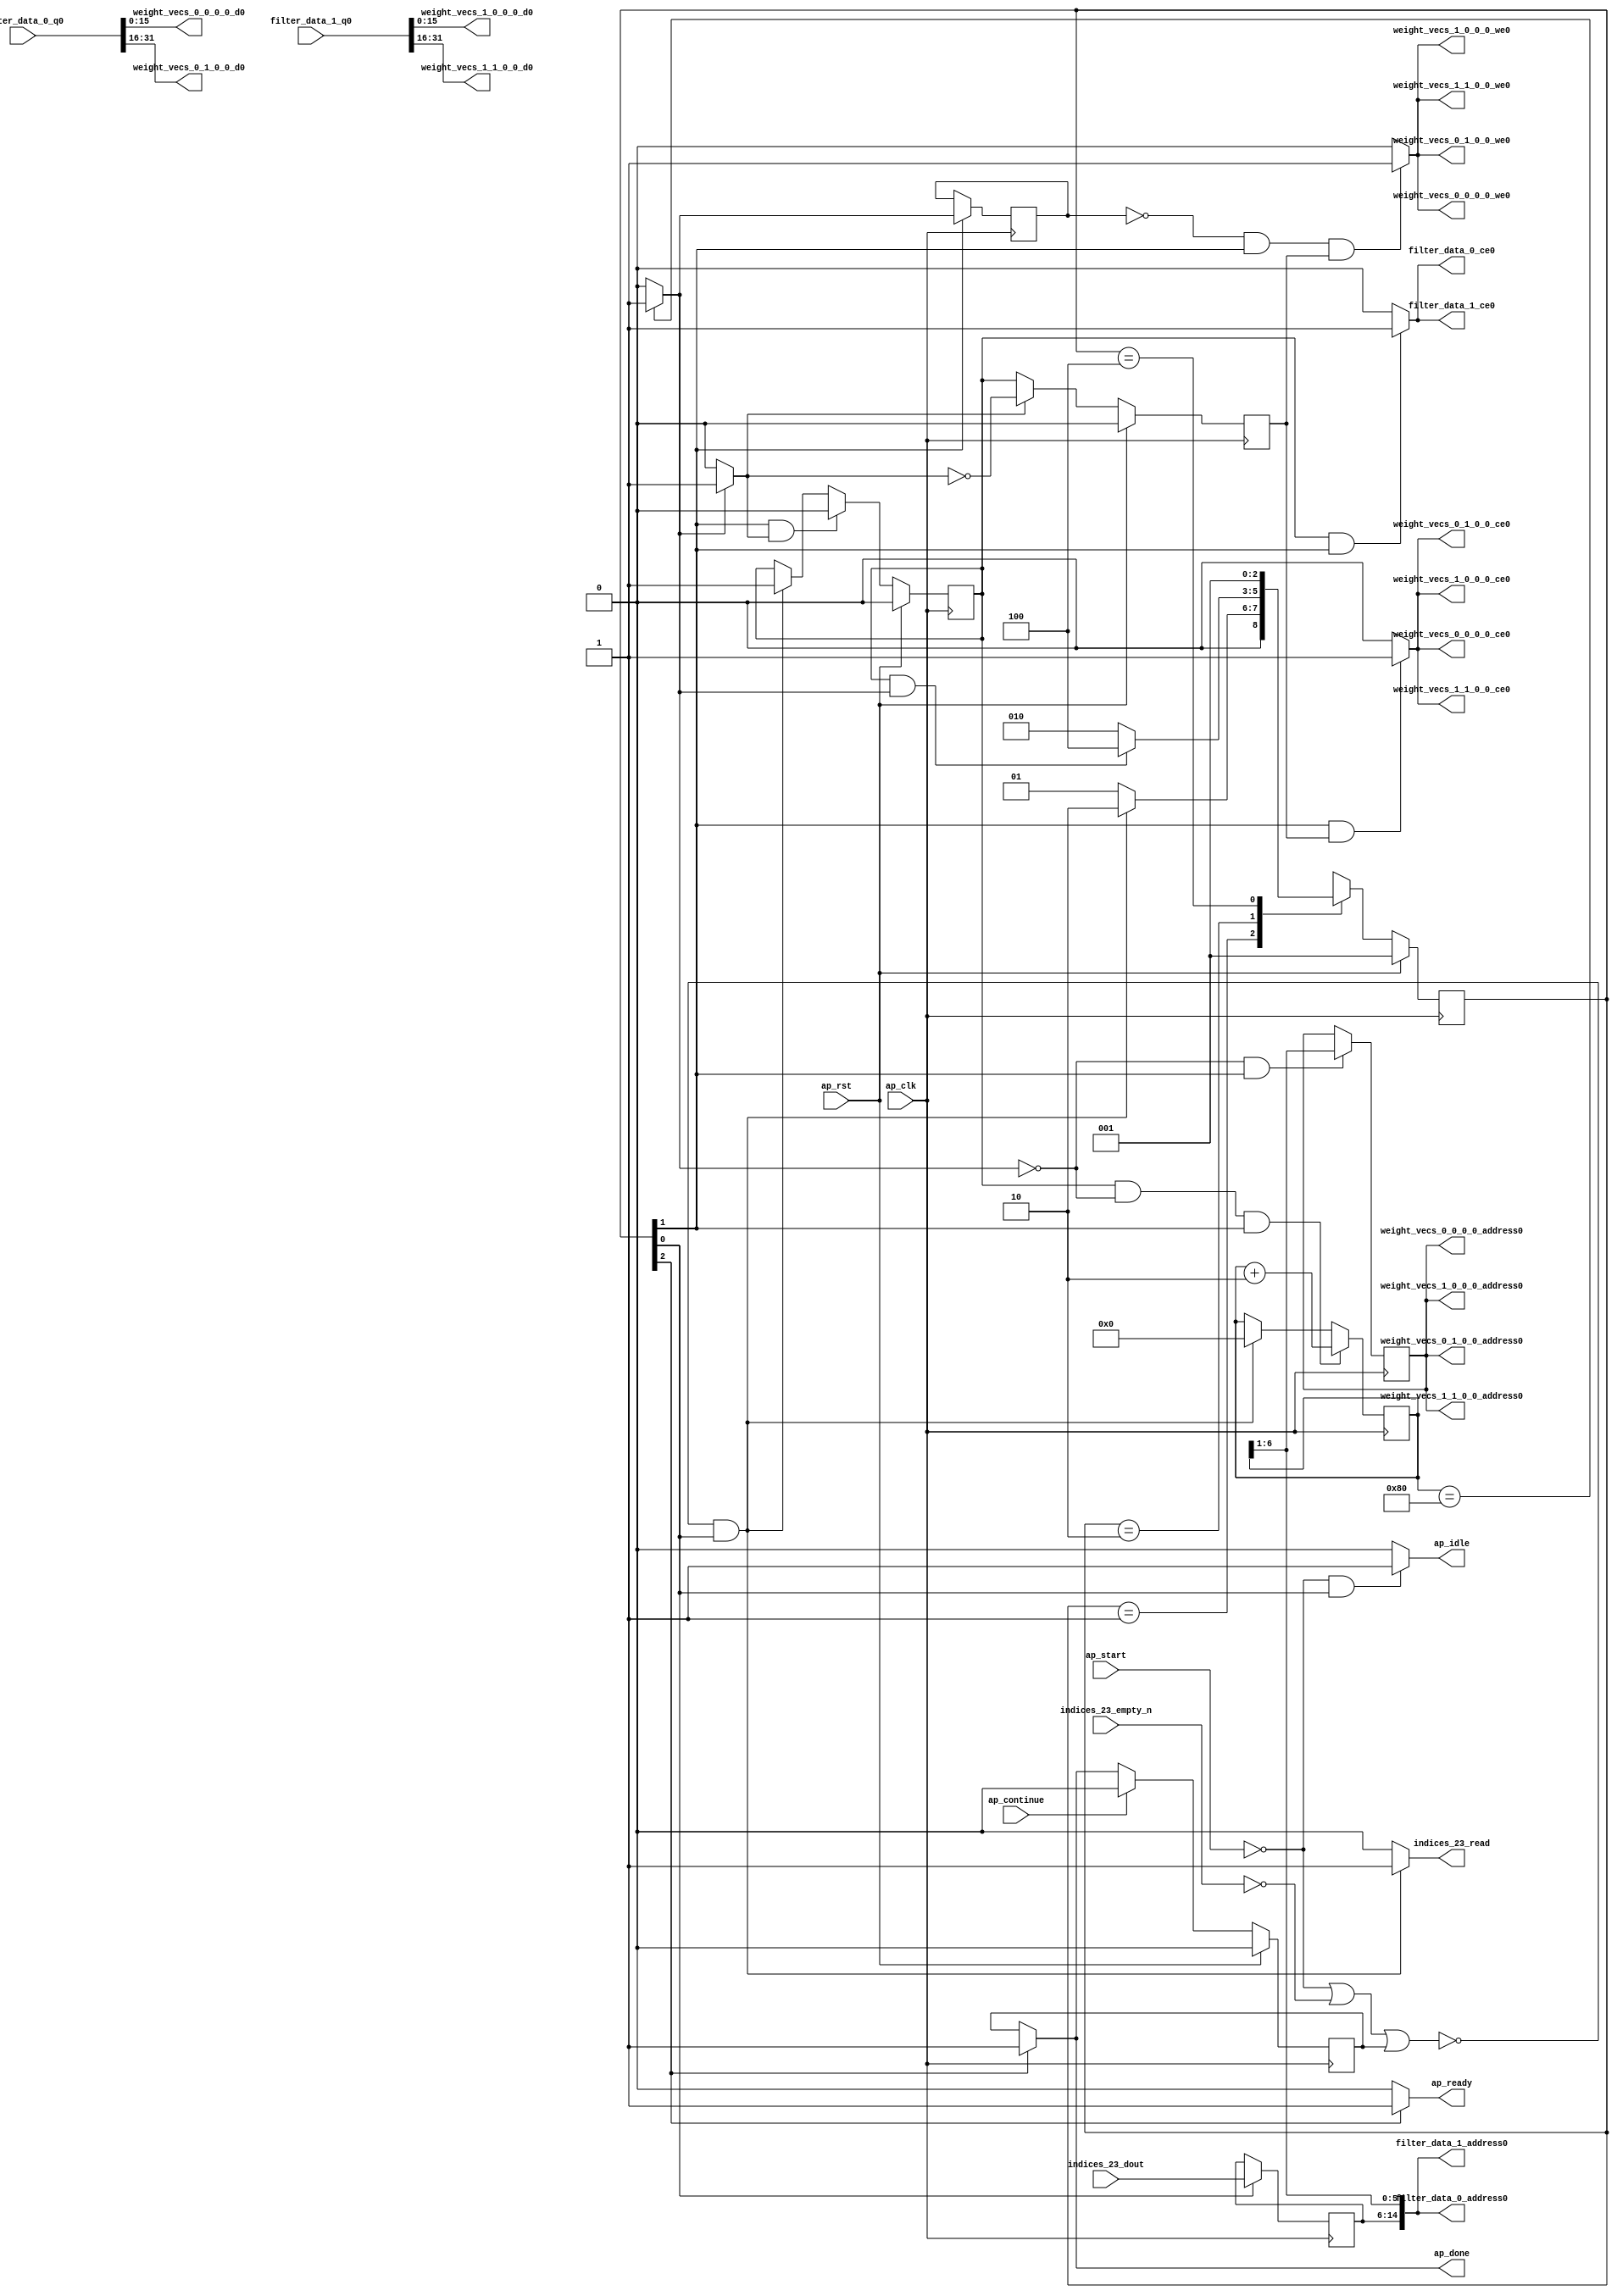
`define EXPONENT 5
`define MANTISSA 10
`define ACTUAL_MANTISSA 11
`define EXPONENT_LSB 10
`define EXPONENT_MSB 14
`define MANTISSA_LSB 0
`define MANTISSA_MSB 9
`define MANTISSA_MUL_SPLIT_LSB 3
`define MANTISSA_MUL_SPLIT_MSB 9
`define SIGN 1
`define SIGN_LOC 15
`define DWIDTH (`SIGN+`EXPONENT+`MANTISSA)
`define IEEE_COMPLIANCE 1

module td_fused_top_tdf12_readFilters82 (
        ap_clk,
        ap_rst,
        ap_start,
        ap_done,
        ap_continue,
        ap_idle,
        ap_ready,
        filter_data_0_address0,
        filter_data_0_ce0,
        filter_data_0_q0,
        filter_data_1_address0,
        filter_data_1_ce0,
        filter_data_1_q0,
        indices_23_dout,
        indices_23_empty_n,
        indices_23_read,
        weight_vecs_0_0_0_0_address0,
        weight_vecs_0_0_0_0_ce0,
        weight_vecs_0_0_0_0_we0,
        weight_vecs_0_0_0_0_d0,
        weight_vecs_0_1_0_0_address0,
        weight_vecs_0_1_0_0_ce0,
        weight_vecs_0_1_0_0_we0,
        weight_vecs_0_1_0_0_d0,
        weight_vecs_1_0_0_0_address0,
        weight_vecs_1_0_0_0_ce0,
        weight_vecs_1_0_0_0_we0,
        weight_vecs_1_0_0_0_d0,
        weight_vecs_1_1_0_0_address0,
        weight_vecs_1_1_0_0_ce0,
        weight_vecs_1_1_0_0_we0,
        weight_vecs_1_1_0_0_d0
);

parameter    ap_ST_fsm_state1 = 3'd1;
parameter    ap_ST_fsm_pp0_stage0 = 3'd2;
parameter    ap_ST_fsm_state4 = 3'd4;

input   ap_clk;
input   ap_rst;
input   ap_start;
output   ap_done;
input   ap_continue;
output   ap_idle;
output   ap_ready;
output  [14:0] filter_data_0_address0;
output   filter_data_0_ce0;
input  [31:0] filter_data_0_q0;
output  [14:0] filter_data_1_address0;
output   filter_data_1_ce0;
input  [31:0] filter_data_1_q0;
input  [8:0] indices_23_dout;
input   indices_23_empty_n;
output   indices_23_read;
output  [5:0] weight_vecs_0_0_0_0_address0;
output   weight_vecs_0_0_0_0_ce0;
output   weight_vecs_0_0_0_0_we0;
output  [15:0] weight_vecs_0_0_0_0_d0;
output  [5:0] weight_vecs_0_1_0_0_address0;
output   weight_vecs_0_1_0_0_ce0;
output   weight_vecs_0_1_0_0_we0;
output  [15:0] weight_vecs_0_1_0_0_d0;
output  [5:0] weight_vecs_1_0_0_0_address0;
output   weight_vecs_1_0_0_0_ce0;
output   weight_vecs_1_0_0_0_we0;
output  [15:0] weight_vecs_1_0_0_0_d0;
output  [5:0] weight_vecs_1_1_0_0_address0;
output   weight_vecs_1_1_0_0_ce0;
output   weight_vecs_1_1_0_0_we0;
output  [15:0] weight_vecs_1_1_0_0_d0;

reg ap_done;
reg ap_idle;
reg ap_ready;
reg filter_data_0_ce0;
reg filter_data_1_ce0;
reg indices_23_read;
reg weight_vecs_0_0_0_0_ce0;
reg weight_vecs_0_0_0_0_we0;
reg weight_vecs_0_1_0_0_ce0;
reg weight_vecs_0_1_0_0_we0;
reg weight_vecs_1_0_0_0_ce0;
reg weight_vecs_1_0_0_0_we0;
reg weight_vecs_1_1_0_0_ce0;
reg weight_vecs_1_1_0_0_we0;

reg    ap_done_reg;
  reg   [2:0] ap_CS_fsm;
wire    ap_CS_fsm_state1;
reg    indices_23_blk_n;
reg   [7:0] kk_0_0_0_i_i_reg_160;
reg   [8:0] indices_23_read_reg_261;
wire   [0:0] icmp_ln49_fu_171_p2;
reg   [0:0] icmp_ln49_reg_266;
wire    ap_CS_fsm_pp0_stage0;
wire    ap_block_state2_pp0_stage0_iter0;
wire    ap_block_state3_pp0_stage0_iter1;
wire    ap_block_pp0_stage0_11001;
wire   [7:0] add_ln49_fu_177_p2;
reg    ap_enable_reg_pp0_iter0;
wire   [5:0] lshr_ln_fu_183_p4;
reg   [5:0] lshr_ln_reg_275;
reg    ap_block_state1;
wire    ap_block_pp0_stage0_subdone;
reg    ap_condition_pp0_exit_iter0_state2;
reg    ap_enable_reg_pp0_iter1;
wire   [63:0] zext_ln55_fu_200_p1;
wire    ap_block_pp0_stage0;
wire   [63:0] zext_ln55_7_fu_206_p1;
wire   [14:0] tmp_s_fu_193_p3;
wire   [15:0] trunc_ln55_fu_213_p1;
wire   [15:0] trunc_ln55_19_fu_222_p1;
wire   [15:0] tmp_268_i_i_fu_231_p4;
wire   [15:0] tmp_269_i_i_fu_246_p4;
wire    ap_CS_fsm_state4;
reg   [2:0] ap_NS_fsm;
reg    ap_idle_pp0;
wire    ap_enable_pp0;
wire    ap_ce_reg;

// power-on initialization
initial begin
#0 ap_done_reg = 1'b0;
#0 ap_CS_fsm = 3'd1;
#0 ap_enable_reg_pp0_iter0 = 1'b0;
#0 ap_enable_reg_pp0_iter1 = 1'b0;
end

always @ (posedge ap_clk) begin
    if (ap_rst == 1'b1) begin
        ap_CS_fsm <= ap_ST_fsm_state1;
    end else begin
        ap_CS_fsm <= ap_NS_fsm;
    end
end

always @ (posedge ap_clk) begin
    if (ap_rst == 1'b1) begin
        ap_done_reg <= 1'b0;
    end else begin
        if ((ap_continue == 1'b1)) begin
            ap_done_reg <= 1'b0;
        end else if ((1'b1 == ap_CS_fsm_state4)) begin
            ap_done_reg <= 1'b1;
        end
    end
end

always @ (posedge ap_clk) begin
    if (ap_rst == 1'b1) begin
        ap_enable_reg_pp0_iter0 <= 1'b0;
    end else begin
        if (((1'b0 == ap_block_pp0_stage0_subdone) & (1'b1 == ap_CS_fsm_pp0_stage0) & (1'b1 == ap_condition_pp0_exit_iter0_state2))) begin
            ap_enable_reg_pp0_iter0 <= 1'b0;
        end else if ((~((ap_start == 1'b0) | (indices_23_empty_n == 1'b0) | (ap_done_reg == 1'b1)) & (1'b1 == ap_CS_fsm_state1))) begin
            ap_enable_reg_pp0_iter0 <= 1'b1;
        end
    end
end

always @ (posedge ap_clk) begin
    if (ap_rst == 1'b1) begin
        ap_enable_reg_pp0_iter1 <= 1'b0;
    end else begin
        if (((1'b0 == ap_block_pp0_stage0_subdone) & (1'b1 == ap_condition_pp0_exit_iter0_state2))) begin
            ap_enable_reg_pp0_iter1 <= (1'b1 ^ ap_condition_pp0_exit_iter0_state2);
        end else if ((1'b0 == ap_block_pp0_stage0_subdone)) begin
            ap_enable_reg_pp0_iter1 <= ap_enable_reg_pp0_iter0;
        end else if ((~((ap_start == 1'b0) | (indices_23_empty_n == 1'b0) | (ap_done_reg == 1'b1)) & (1'b1 == ap_CS_fsm_state1))) begin
            ap_enable_reg_pp0_iter1 <= 1'b0;
        end
    end
end

always @ (posedge ap_clk) begin
    if (((ap_enable_reg_pp0_iter0 == 1'b1) & (1'b0 == ap_block_pp0_stage0_11001) & (icmp_ln49_fu_171_p2 == 1'd0) & (1'b1 == ap_CS_fsm_pp0_stage0))) begin
        kk_0_0_0_i_i_reg_160 <= add_ln49_fu_177_p2;
    end else if ((~((ap_start == 1'b0) | (indices_23_empty_n == 1'b0) | (ap_done_reg == 1'b1)) & (1'b1 == ap_CS_fsm_state1))) begin
        kk_0_0_0_i_i_reg_160 <= 8'd0;
    end
end

always @ (posedge ap_clk) begin
    if (((1'b0 == ap_block_pp0_stage0_11001) & (1'b1 == ap_CS_fsm_pp0_stage0))) begin
        icmp_ln49_reg_266 <= icmp_ln49_fu_171_p2;
    end
end

always @ (posedge ap_clk) begin
    if ((1'b1 == ap_CS_fsm_state1)) begin
        indices_23_read_reg_261 <= indices_23_dout;
    end
end

always @ (posedge ap_clk) begin
    if (((1'b0 == ap_block_pp0_stage0_11001) & (icmp_ln49_fu_171_p2 == 1'd0) & (1'b1 == ap_CS_fsm_pp0_stage0))) begin
        lshr_ln_reg_275 <= {{kk_0_0_0_i_i_reg_160[6:1]}};
    end
end

always @ (*) begin
    if ((icmp_ln49_fu_171_p2 == 1'd1)) begin
        ap_condition_pp0_exit_iter0_state2 = 1'b1;
    end else begin
        ap_condition_pp0_exit_iter0_state2 = 1'b0;
    end
end

always @ (*) begin
    if ((1'b1 == ap_CS_fsm_state4)) begin
        ap_done = 1'b1;
    end else begin
        ap_done = ap_done_reg;
    end
end

always @ (*) begin
    if (((ap_start == 1'b0) & (1'b1 == ap_CS_fsm_state1))) begin
        ap_idle = 1'b1;
    end else begin
        ap_idle = 1'b0;
    end
end

always @ (*) begin
    if (((ap_enable_reg_pp0_iter0 == 1'b0) & (ap_enable_reg_pp0_iter1 == 1'b0))) begin
        ap_idle_pp0 = 1'b1;
    end else begin
        ap_idle_pp0 = 1'b0;
    end
end

always @ (*) begin
    if ((1'b1 == ap_CS_fsm_state4)) begin
        ap_ready = 1'b1;
    end else begin
        ap_ready = 1'b0;
    end
end

always @ (*) begin
    if (((ap_enable_reg_pp0_iter0 == 1'b1) & (1'b0 == ap_block_pp0_stage0_11001) & (1'b1 == ap_CS_fsm_pp0_stage0))) begin
        filter_data_0_ce0 = 1'b1;
    end else begin
        filter_data_0_ce0 = 1'b0;
    end
end

always @ (*) begin
    if (((ap_enable_reg_pp0_iter0 == 1'b1) & (1'b0 == ap_block_pp0_stage0_11001) & (1'b1 == ap_CS_fsm_pp0_stage0))) begin
        filter_data_1_ce0 = 1'b1;
    end else begin
        filter_data_1_ce0 = 1'b0;
    end
end

always @ (*) begin
    if ((~((ap_start == 1'b0) | (ap_done_reg == 1'b1)) & (1'b1 == ap_CS_fsm_state1))) begin
        indices_23_blk_n = indices_23_empty_n;
    end else begin
        indices_23_blk_n = 1'b1;
    end
end

always @ (*) begin
    if ((~((ap_start == 1'b0) | (indices_23_empty_n == 1'b0) | (ap_done_reg == 1'b1)) & (1'b1 == ap_CS_fsm_state1))) begin
        indices_23_read = 1'b1;
    end else begin
        indices_23_read = 1'b0;
    end
end

always @ (*) begin
    if (((1'b0 == ap_block_pp0_stage0_11001) & (1'b1 == ap_CS_fsm_pp0_stage0) & (ap_enable_reg_pp0_iter1 == 1'b1))) begin
        weight_vecs_0_0_0_0_ce0 = 1'b1;
    end else begin
        weight_vecs_0_0_0_0_ce0 = 1'b0;
    end
end

always @ (*) begin
    if (((1'b0 == ap_block_pp0_stage0_11001) & (icmp_ln49_reg_266 == 1'd0) & (1'b1 == ap_CS_fsm_pp0_stage0) & (ap_enable_reg_pp0_iter1 == 1'b1))) begin
        weight_vecs_0_0_0_0_we0 = 1'b1;
    end else begin
        weight_vecs_0_0_0_0_we0 = 1'b0;
    end
end

always @ (*) begin
    if (((1'b0 == ap_block_pp0_stage0_11001) & (1'b1 == ap_CS_fsm_pp0_stage0) & (ap_enable_reg_pp0_iter1 == 1'b1))) begin
        weight_vecs_0_1_0_0_ce0 = 1'b1;
    end else begin
        weight_vecs_0_1_0_0_ce0 = 1'b0;
    end
end

always @ (*) begin
    if (((1'b0 == ap_block_pp0_stage0_11001) & (icmp_ln49_reg_266 == 1'd0) & (1'b1 == ap_CS_fsm_pp0_stage0) & (ap_enable_reg_pp0_iter1 == 1'b1))) begin
        weight_vecs_0_1_0_0_we0 = 1'b1;
    end else begin
        weight_vecs_0_1_0_0_we0 = 1'b0;
    end
end

always @ (*) begin
    if (((1'b0 == ap_block_pp0_stage0_11001) & (1'b1 == ap_CS_fsm_pp0_stage0) & (ap_enable_reg_pp0_iter1 == 1'b1))) begin
        weight_vecs_1_0_0_0_ce0 = 1'b1;
    end else begin
        weight_vecs_1_0_0_0_ce0 = 1'b0;
    end
end

always @ (*) begin
    if (((1'b0 == ap_block_pp0_stage0_11001) & (icmp_ln49_reg_266 == 1'd0) & (1'b1 == ap_CS_fsm_pp0_stage0) & (ap_enable_reg_pp0_iter1 == 1'b1))) begin
        weight_vecs_1_0_0_0_we0 = 1'b1;
    end else begin
        weight_vecs_1_0_0_0_we0 = 1'b0;
    end
end

always @ (*) begin
    if (((1'b0 == ap_block_pp0_stage0_11001) & (1'b1 == ap_CS_fsm_pp0_stage0) & (ap_enable_reg_pp0_iter1 == 1'b1))) begin
        weight_vecs_1_1_0_0_ce0 = 1'b1;
    end else begin
        weight_vecs_1_1_0_0_ce0 = 1'b0;
    end
end

always @ (*) begin
    if (((1'b0 == ap_block_pp0_stage0_11001) & (icmp_ln49_reg_266 == 1'd0) & (1'b1 == ap_CS_fsm_pp0_stage0) & (ap_enable_reg_pp0_iter1 == 1'b1))) begin
        weight_vecs_1_1_0_0_we0 = 1'b1;
    end else begin
        weight_vecs_1_1_0_0_we0 = 1'b0;
    end
end

always @ (*) begin
    case (ap_CS_fsm)
        ap_ST_fsm_state1 : begin
            if ((~((ap_start == 1'b0) | (indices_23_empty_n == 1'b0) | (ap_done_reg == 1'b1)) & (1'b1 == ap_CS_fsm_state1))) begin
                ap_NS_fsm = ap_ST_fsm_pp0_stage0;
            end else begin
                ap_NS_fsm = ap_ST_fsm_state1;
            end
        end
        ap_ST_fsm_pp0_stage0 : begin
            if (~((ap_enable_reg_pp0_iter0 == 1'b1) & (1'b0 == ap_block_pp0_stage0_subdone) & (icmp_ln49_fu_171_p2 == 1'd1))) begin
                ap_NS_fsm = ap_ST_fsm_pp0_stage0;
            end else if (((ap_enable_reg_pp0_iter0 == 1'b1) & (1'b0 == ap_block_pp0_stage0_subdone) & (icmp_ln49_fu_171_p2 == 1'd1))) begin
                ap_NS_fsm = ap_ST_fsm_state4;
            end else begin
                ap_NS_fsm = ap_ST_fsm_pp0_stage0;
            end
        end
        ap_ST_fsm_state4 : begin
            ap_NS_fsm = ap_ST_fsm_state1;
        end
        default : begin
            ap_NS_fsm = 'bx;
        end
    endcase
end

assign add_ln49_fu_177_p2 = (kk_0_0_0_i_i_reg_160 + 8'd2);

assign ap_CS_fsm_pp0_stage0 = ap_CS_fsm[32'd1];

assign ap_CS_fsm_state1 = ap_CS_fsm[32'd0];

assign ap_CS_fsm_state4 = ap_CS_fsm[32'd2];

assign ap_block_pp0_stage0 = ~(1'b1 == 1'b1);

assign ap_block_pp0_stage0_11001 = ~(1'b1 == 1'b1);

assign ap_block_pp0_stage0_subdone = ~(1'b1 == 1'b1);

always @ (*) begin
    ap_block_state1 = ((ap_start == 1'b0) | (indices_23_empty_n == 1'b0) | (ap_done_reg == 1'b1));
end

assign ap_block_state2_pp0_stage0_iter0 = ~(1'b1 == 1'b1);

assign ap_block_state3_pp0_stage0_iter1 = ~(1'b1 == 1'b1);

assign ap_enable_pp0 = (ap_idle_pp0 ^ 1'b1);

assign filter_data_0_address0 = zext_ln55_fu_200_p1;

assign filter_data_1_address0 = zext_ln55_fu_200_p1;

assign icmp_ln49_fu_171_p2 = ((kk_0_0_0_i_i_reg_160 == 8'd128) ? 1'b1 : 1'b0);

assign lshr_ln_fu_183_p4 = {{kk_0_0_0_i_i_reg_160[6:1]}};

assign tmp_268_i_i_fu_231_p4 = {{filter_data_0_q0[31:16]}};

assign tmp_269_i_i_fu_246_p4 = {{filter_data_1_q0[31:16]}};

assign tmp_s_fu_193_p3 = {{indices_23_read_reg_261}, {lshr_ln_fu_183_p4}};

assign trunc_ln55_19_fu_222_p1 = filter_data_1_q0[15:0];

assign trunc_ln55_fu_213_p1 = filter_data_0_q0[15:0];

assign weight_vecs_0_0_0_0_address0 = zext_ln55_7_fu_206_p1;

assign weight_vecs_0_0_0_0_d0 = trunc_ln55_fu_213_p1;

assign weight_vecs_0_1_0_0_address0 = zext_ln55_7_fu_206_p1;

assign weight_vecs_0_1_0_0_d0 = tmp_268_i_i_fu_231_p4;

assign weight_vecs_1_0_0_0_address0 = zext_ln55_7_fu_206_p1;

assign weight_vecs_1_0_0_0_d0 = trunc_ln55_19_fu_222_p1;

assign weight_vecs_1_1_0_0_address0 = zext_ln55_7_fu_206_p1;

assign weight_vecs_1_1_0_0_d0 = tmp_269_i_i_fu_246_p4;

assign zext_ln55_7_fu_206_p1 = lshr_ln_reg_275;

assign zext_ln55_fu_200_p1 = tmp_s_fu_193_p3;

endmodule //td_fused_top_tdf12_readFilters82